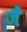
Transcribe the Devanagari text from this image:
जैं